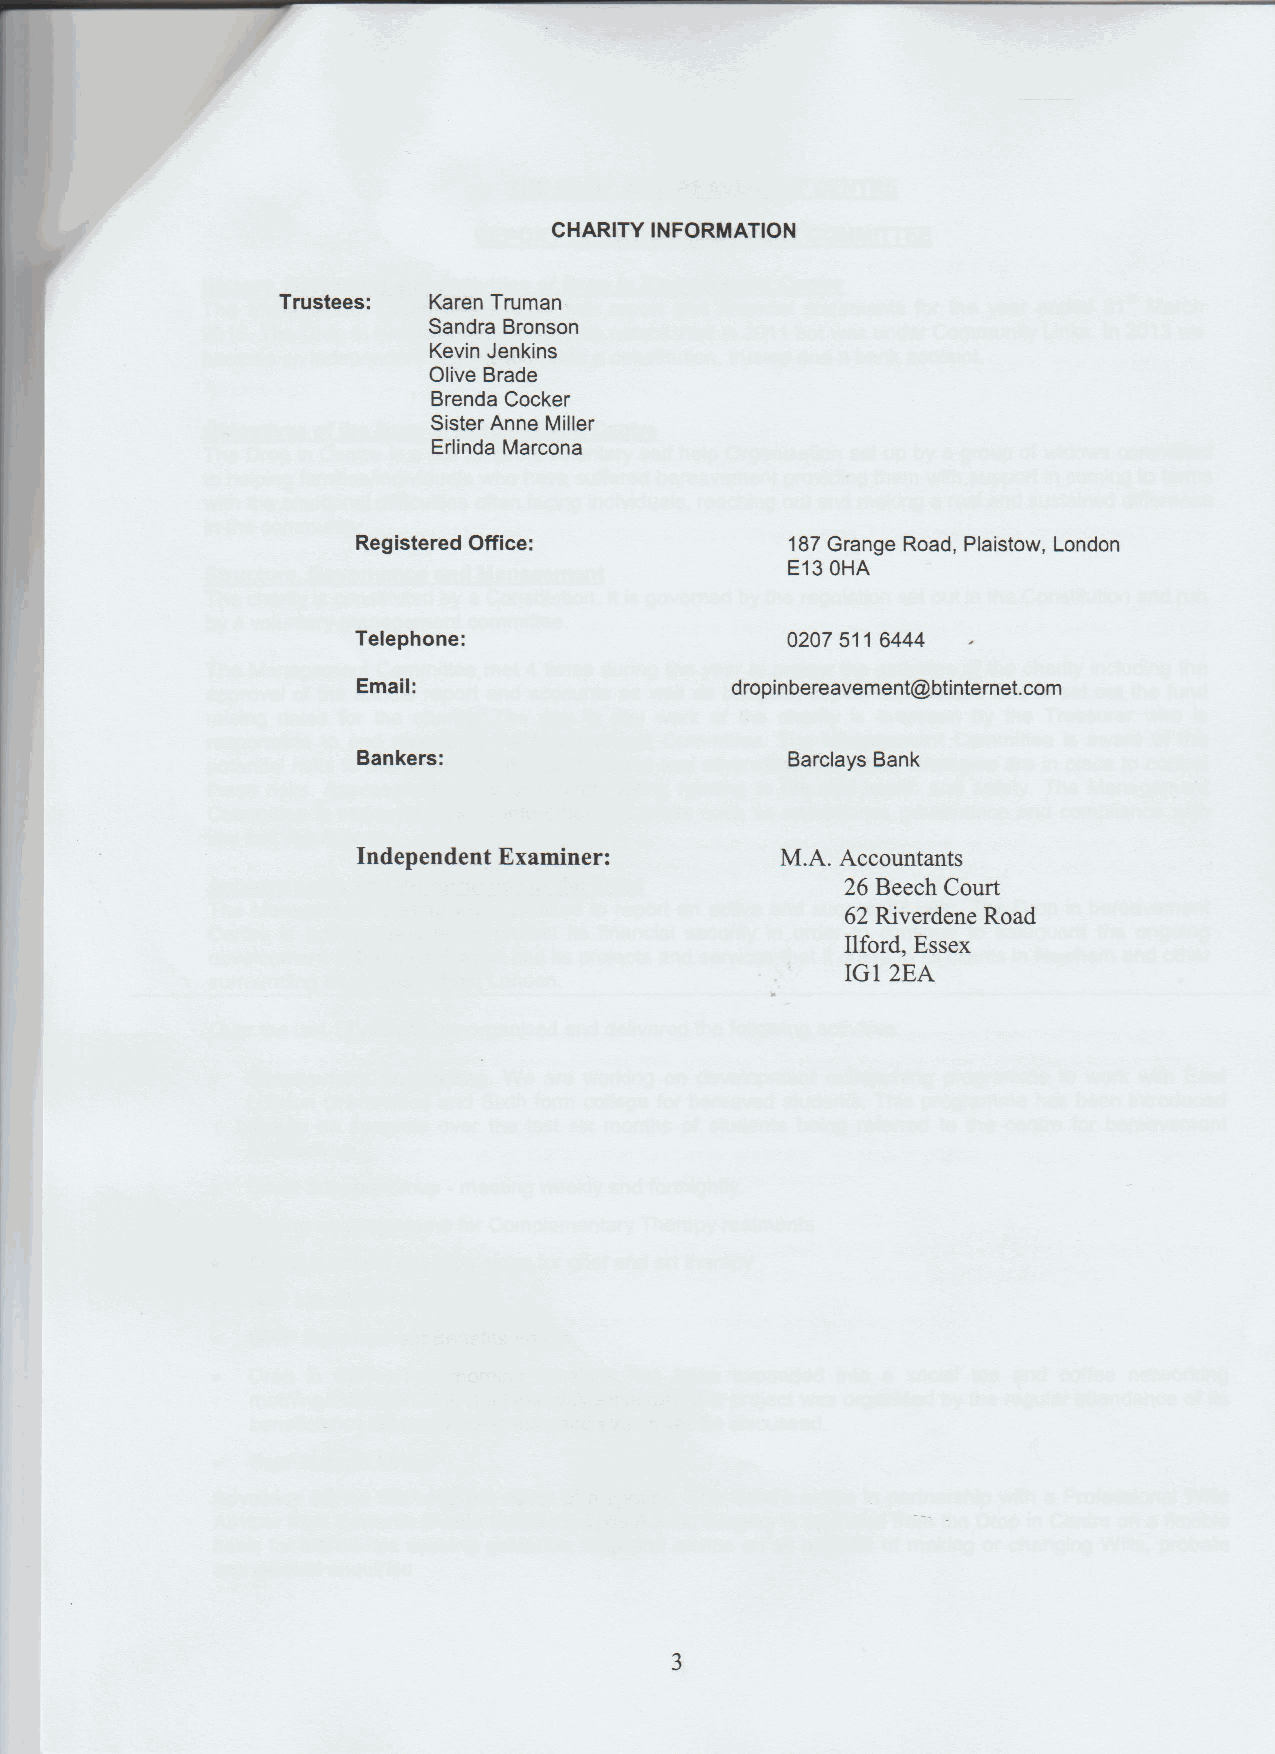
CHARITY INFORMATION
 Trustees: Karen Truman
 Sandra Bronson
 Kevin Jenkins
 Olive Brade
 Brenda Cocker
 Sister Anne Miller
 Erlinda Marcona
 Registered ONce:            187Grange Road, Plaistow, London
 E13OHA
 Telephone:                  0207 5116444
 Email:                  dropinbereavement@btintemet. corn
 Bankers:                    Barclays Bank
 Independent Examiner:       M.A. Accountants
 26 Beech Court
 62 Riverdene Road
 Ilford, Essex
 IG1 2EA